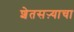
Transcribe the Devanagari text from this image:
शेतसऱ्याचा